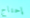
إحتاج